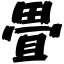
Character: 畳